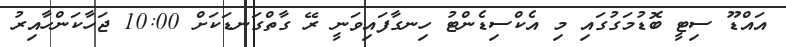
އައްޑޫ ސިޓީ ބޮޑުމަގުގައި މި އެކްސިޑެންޓު ހިނގާފައިވަނީ ރޭ ގާތްގަނޑަކަށް 10:00 ޖަހާކަންހާއިރު